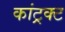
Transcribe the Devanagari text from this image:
कांट्रक्ट